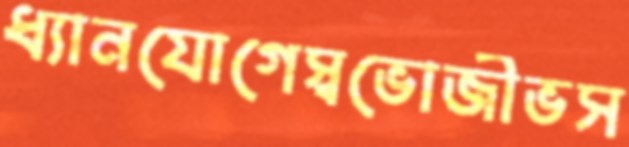
ধ্যানযোগেস্বভোজীভস